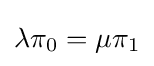
\lambda \pi _{0}=\mu \pi _{1}